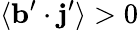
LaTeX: \langle{{\mathbf{b}}^{\prime}\cdot{\mathbf{j}}^{\prime}}\rangle>0